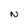
Character: N